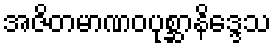
အဇိတမာဏဝပုစ္ဆာနိဒ္ဒေသ